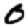
Digit: 0